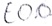
Text: E0.0